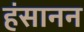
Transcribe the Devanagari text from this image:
हंसानन